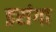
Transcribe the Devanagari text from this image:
इरांगा